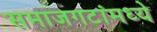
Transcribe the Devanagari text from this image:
समाजगटांमध्ये